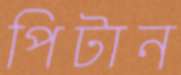
পিটান